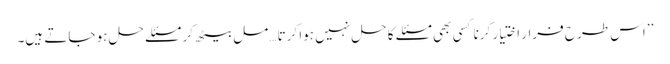
’’اس طرح فرار اختیار کرنا کسی بھی مسئلے کا حل نہیں ہوا کرتا… مل بیٹھ کر مسئلے حل ہو جاتے ہیں۔